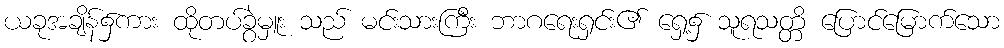
ယခုအချိန်၌ကား ထိုတပ်ခွဲမှူး သည် မင်းသားကြီး ဘာဂရေးရှင်း၏ ရှေ့၌ သူရသတ္တိ ပြောင်မြောက်သော